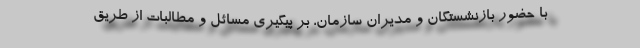
با حضور بازنشستگان و مدیران سازمان، بر پیگیری مسائل و مطالبات از طریق